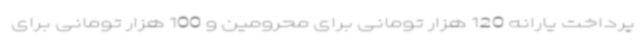
پرداخت یارانه 120 هزار تومانی برای محرومین و 100 هزار تومانی برای